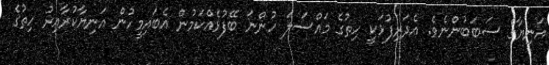
އަނިޔާގެ ސަބަބުންނެވެ. އެދަރިފުޅަކީ ހިތުގެ މައްސަލަ ހުންނަ ބޭފުޅެއްކަމުން އެބައިމީހުން އަނިޔާކުރާއިރު ހިތުގެ